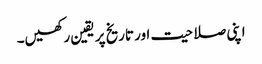
اپنی صلاحیت اور تاریخ پر یقین رکھیں۔